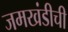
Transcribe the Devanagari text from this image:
जमखंडीची